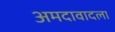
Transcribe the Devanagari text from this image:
अमदावादला